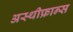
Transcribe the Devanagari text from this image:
अस्थीफ्रान्स